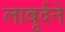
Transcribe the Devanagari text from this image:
लाबूर्दने